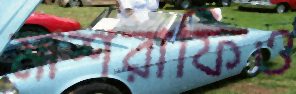
মাশরাফিও